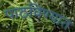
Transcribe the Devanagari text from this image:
पाठविण्‍यात